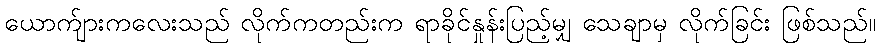
ယောက်ျားကလေးသည် လိုက်ကတည်းက ရာခိုင်နှုန်းပြည့်မျှ သေချာမှ လိုက်ခြင်း ဖြစ်သည်။